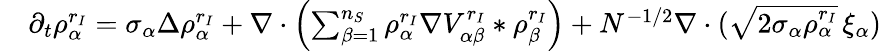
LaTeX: \begin{array}{rl}&{\partial_{t}{\rho_{\alpha}^{r_{I}}}=\sigma_{\alpha}\Delta{\rho_{\alpha}^{r_{I}}}+\nabla\cdot\left(\sum_{\beta=1}^{n_{S}}{\rho_{\alpha}^{r_{I}}}\nabla{V_{\alpha\beta}^{r_{I}}}\ast{\rho_{\beta}^{r_{I}}}\right)+N^{-1/2}\nabla\cdot(\sqrt{2\sigma_{\alpha}{\rho_{\alpha}^{r_{I}}}}\, \xi_{\alpha})}\end{array}